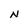
Character: N